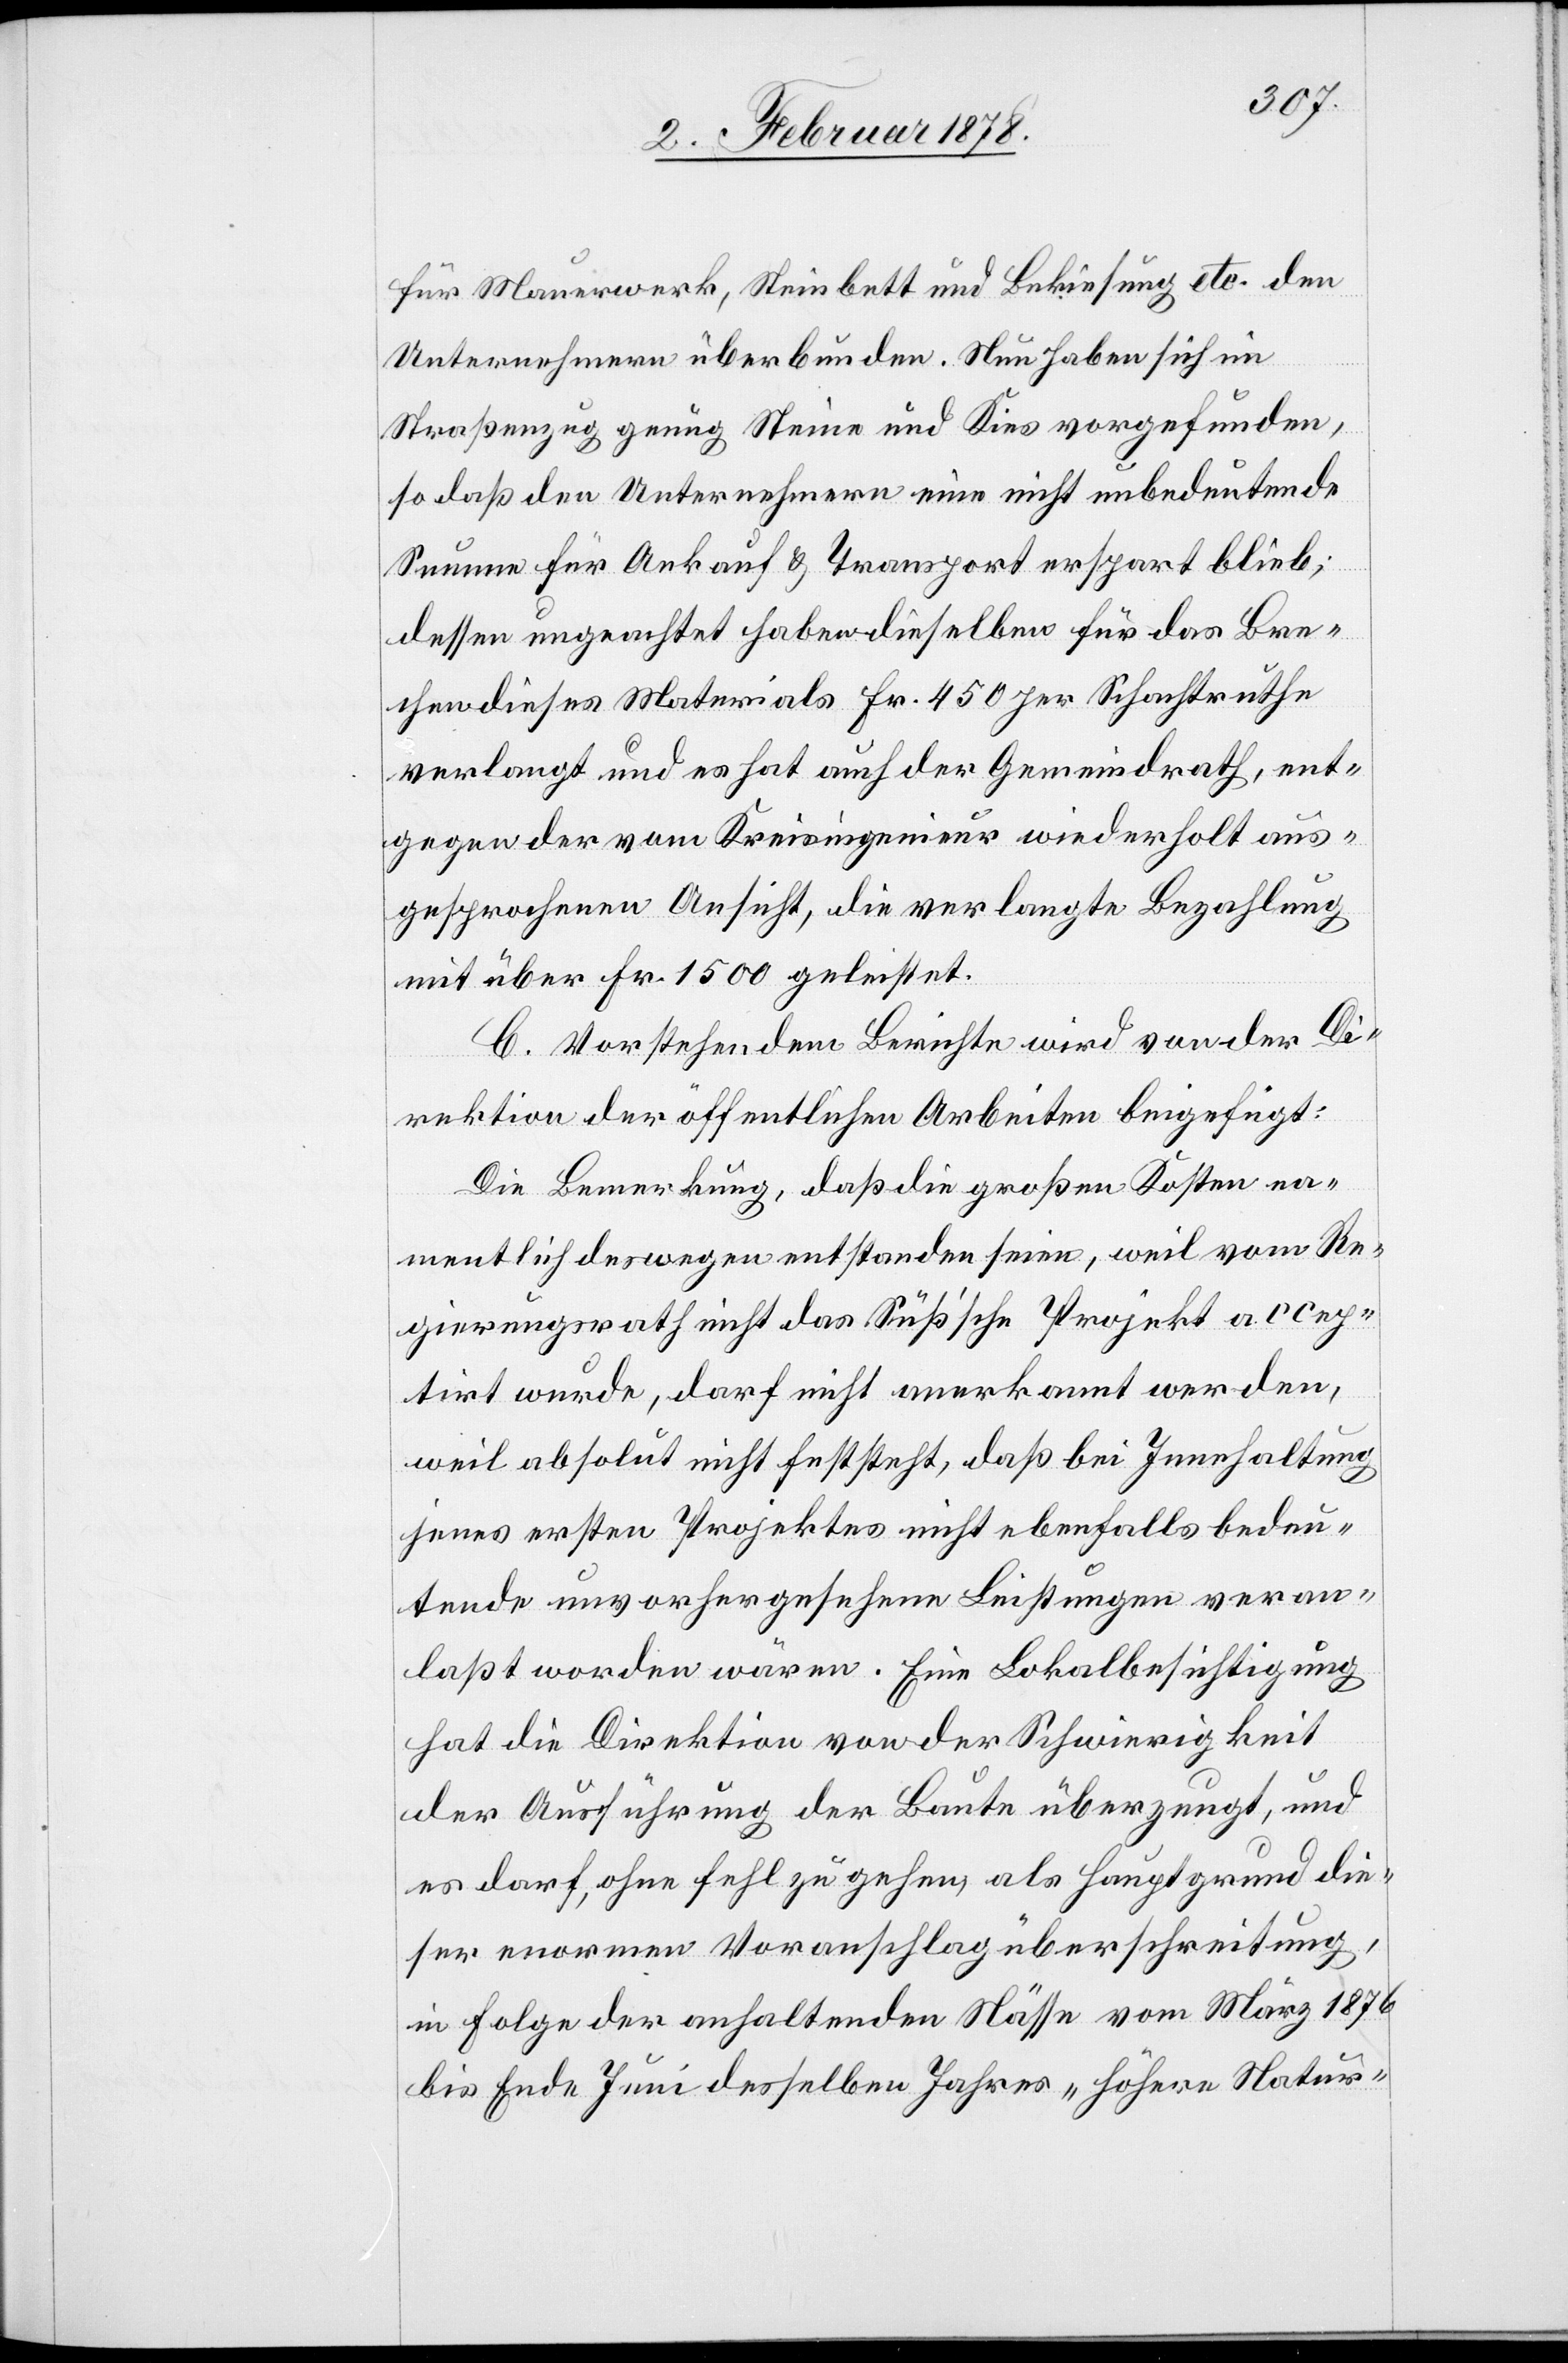
für Mauerwerk, Steinsbett und Bekiesung etc. den
Unternehmern überbunden. Nun haben sich im
Straßenzug genug Steine und Kies vorgefunden,
so daß den Unternehmern eine nicht unbedeutende
Summe für Ankauf & Transport erspart blieb;
dessen ungeachtet haben dieselben für das Bre¬
chen dieses Materials Fr. 450 per Schachtruthe
verlangt und es hat auch der Gemeindrath, ent¬
gegen der vom Kreisingenieur wiederholt aus¬
gesprochenen Ansicht, die verlangte Bezahlung
mit über Fr. 1500 geleistet.
C. Vorstehendem Berichte wird von der Di¬
rektion der öffentlichen Arbeiten beigefügt:
Die Bemerkung, daß die großen Kosten na¬
mentlich deswegen entstanden seien, weil vom Re¬
gierungsrath nicht das Süß’sche Projekt accep¬
tirt wurde, darf nicht anerkannt werden,
weil absolut nicht feststeht, daß bei Innehaltung
jenes ersten Projektes nicht ebenfalls bedeu¬
tende unvorhergesehene Leistungen veran¬
laßt worden wären. Eine Lokalbesichtigung
hat die Direktion von der Schwierigkeit
der Ausführung der Baute überzeugt, und
es darf, ohne fehl zu gehen, als Hauptgrund die¬
ser enormen Voranschlagüberschreitung,
in Folge der anhaltenden Nässe vom März 1876
bis Ende Juni desselben Jahres „höhere Natur-